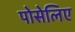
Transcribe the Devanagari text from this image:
पोसेलिए